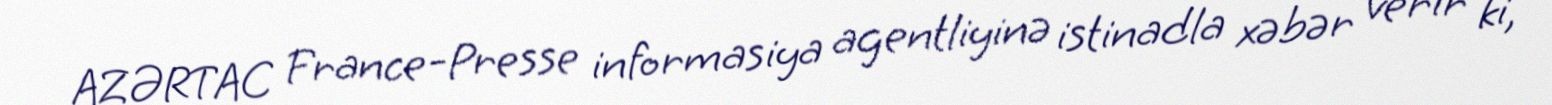
AZƏRTAC France-Presse informasiya agentliyinə istinadla xəbər verir ki,